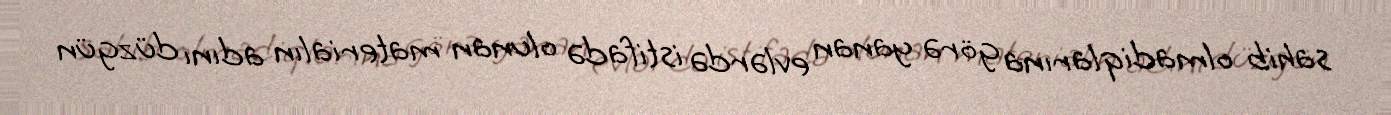
sahib olmadiqlarına görə yanan evlərdə istifadə olunan materialın adını düzgün